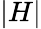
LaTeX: |H|